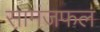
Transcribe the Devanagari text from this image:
सामंजफल